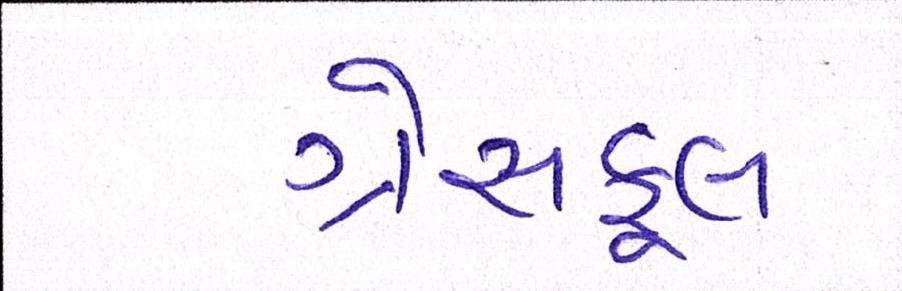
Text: ગ્રેસફૂલ